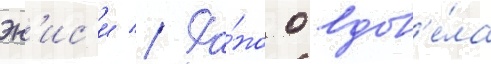
эн'ис'и // Ра́но овдов'е́ла